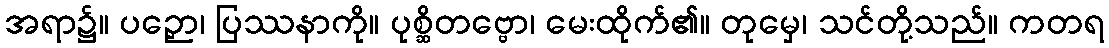
အရာ၌။ ပဉှော၊ ပြဿနာကို။ ပုစ္ဆိတဗ္ဗော၊ မေးထိုက်၏။ တုမှေ၊ သင်တို့သည်။ ကတရ